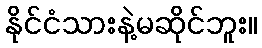
နိုင်ငံသားနဲ့မဆိုင်ဘူး။